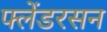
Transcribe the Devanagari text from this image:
फ्लेंडरसन